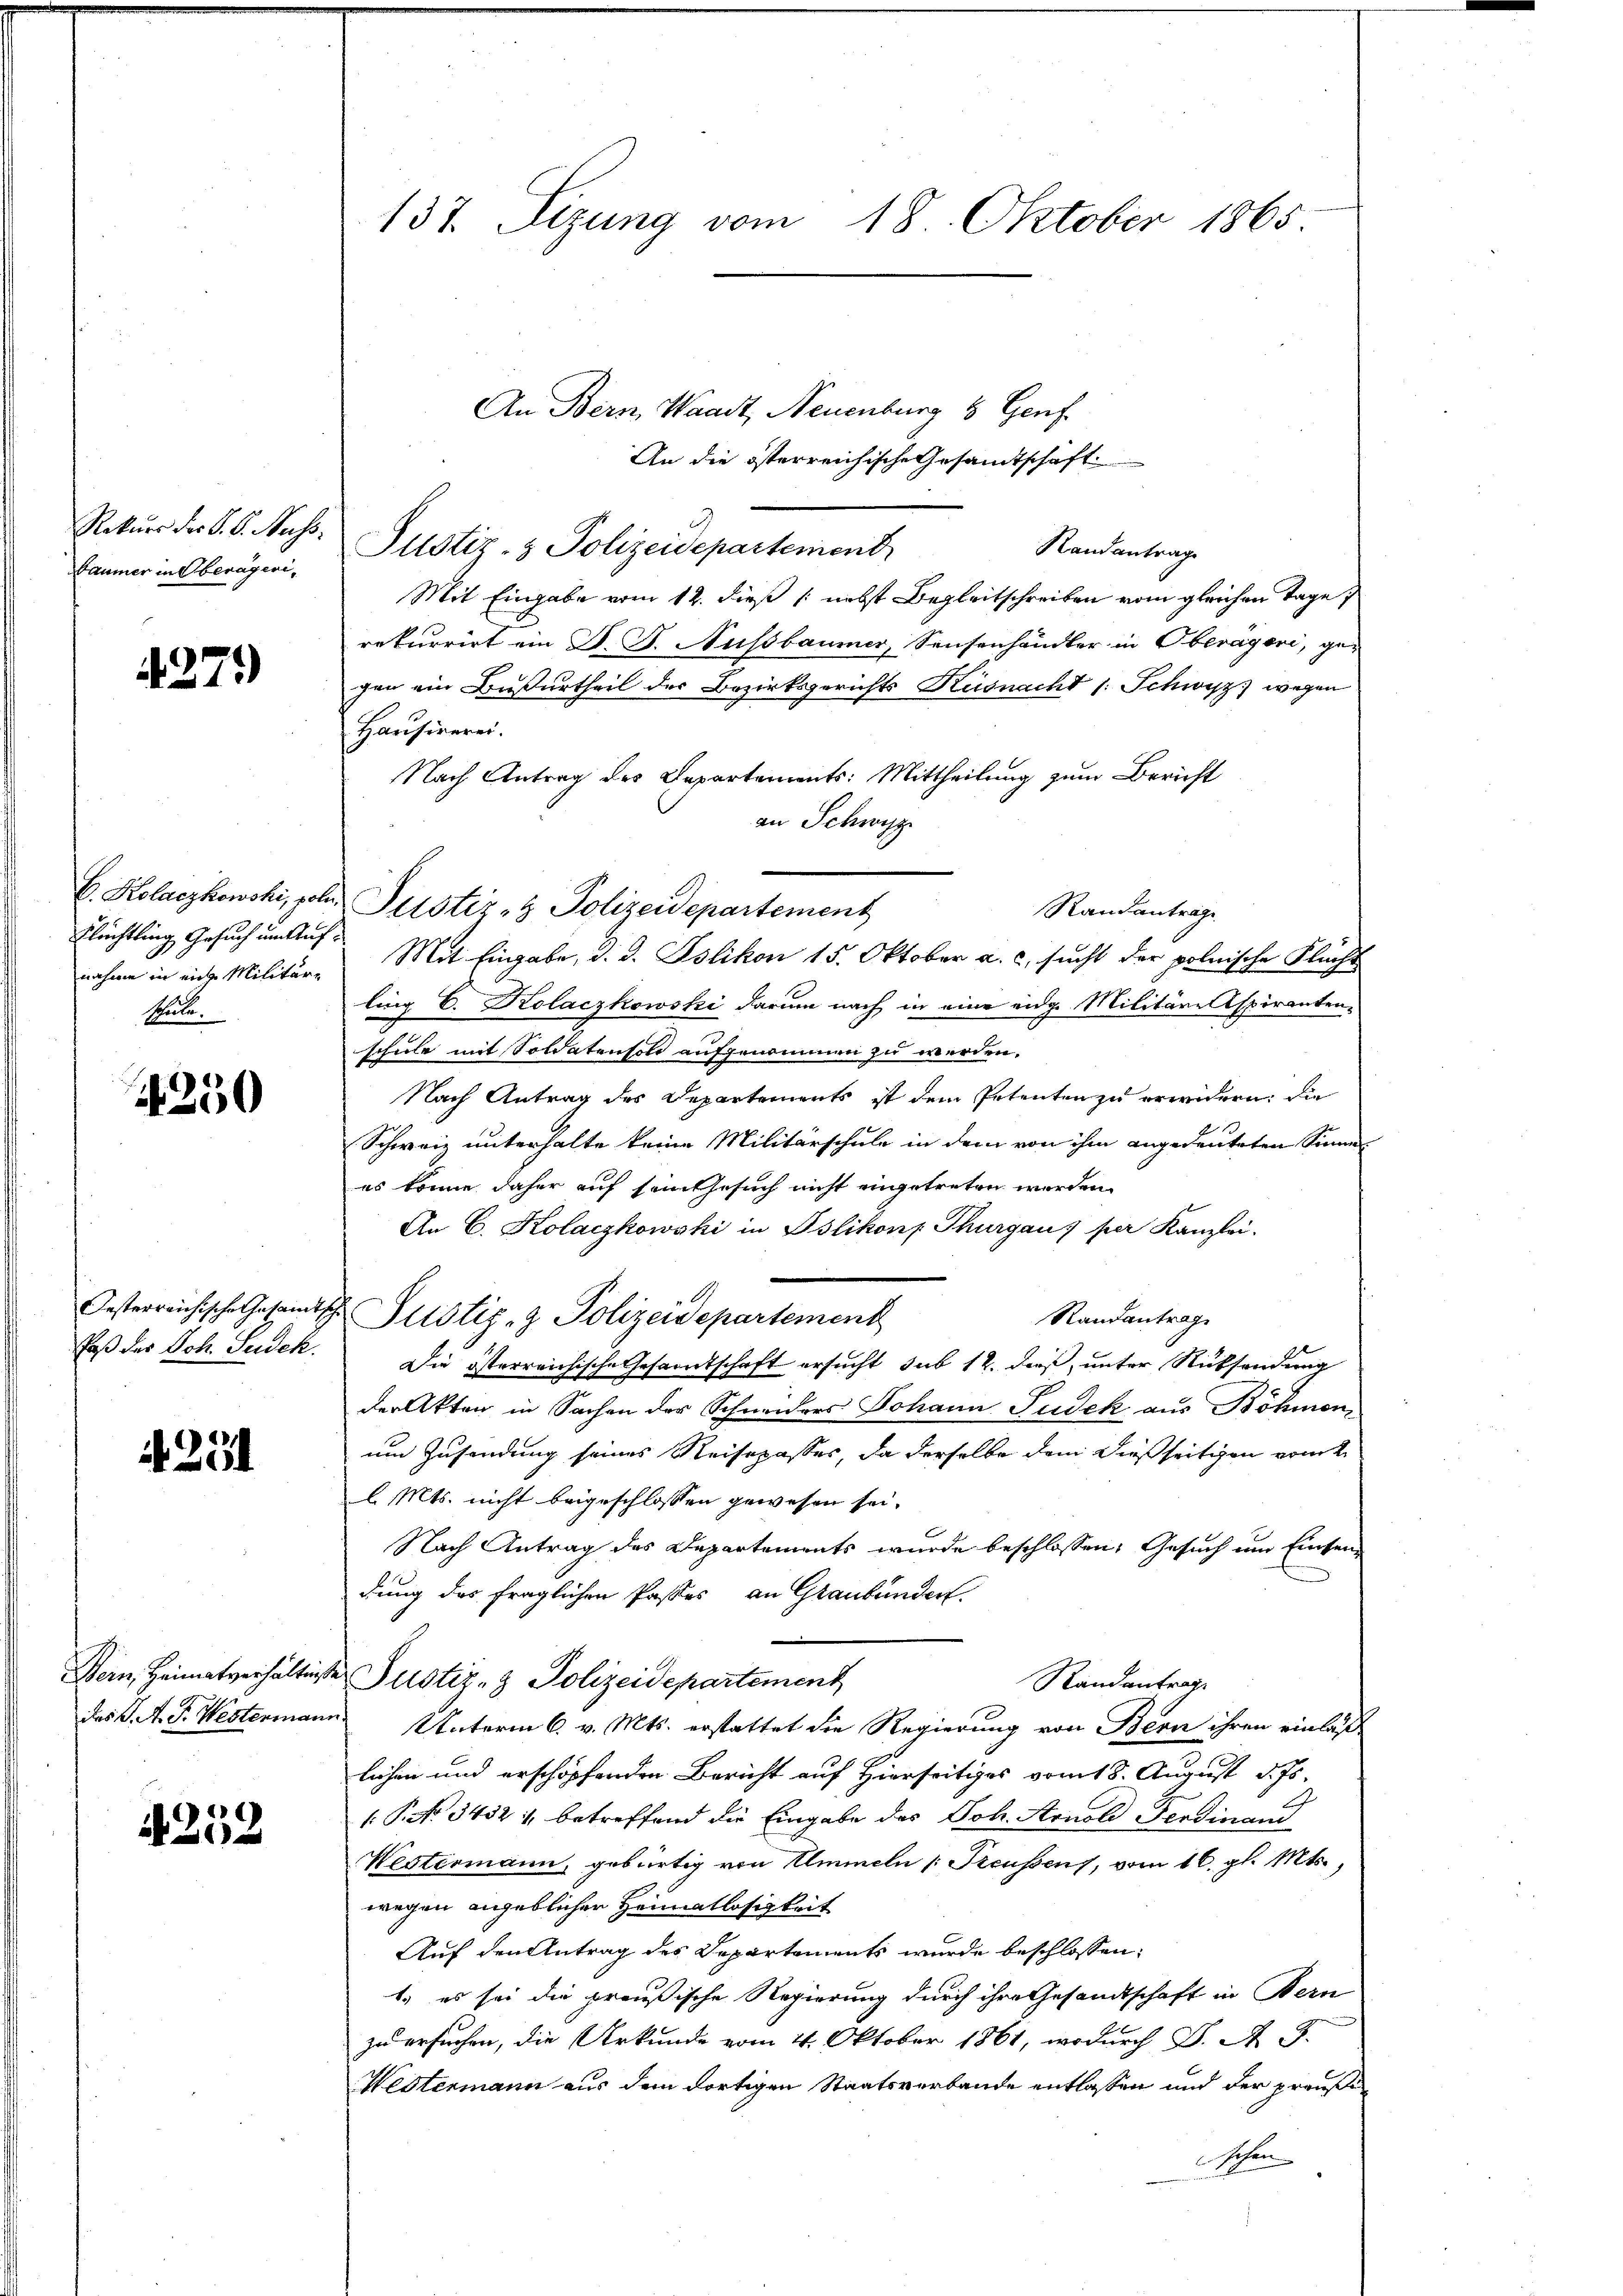
aumer in Oberägeri¬

279)

Flüchtling Gesuch um Auf¬
Seite.

4250

A 291

4252

Paß der Joh. Sudek.

An Bern, Waadt, Neuenburg 6 Genf
An die österreichische Gesamtschäft
Rekurs der S. 6. Auss. Justiz- & Polizeidepartement
Randantrage
Mit Eingabe vom 12. dieß (nebst Begleitschreiben vom gleichen Tage
rekurrirt ein P. F. Aussbaumer, Sensenhändler in Oberägeri, gegen ein Bußurtheil der Bezirksgerichts Küsnacht /: Schwyz) wegen
Hausirerei.
Nach Antrag des Departements: Mittheilung zum Bericht
an Schwyz
C. Kolaczkowski, Joh. Justiz- & Polizeidepartement
nahme in einge Militär- Mit Eingabe, d. d. Jslikon 15. Oktober a. c. sucht der polnische Flucht
ling C. Kolaczkowski darum nach in eine eidg. Militäre Aspiranten-
schule mit Soldatensold aufgenommen zu werden.
Nach Antrag des Departements ist dem Petenten zu erwidern: die
Schweiz unterhalte keine Militärschule in dem von ihm angedeuteten Sinnes
es könne daher auf sein Gesuch nicht eingetreten werden.
An C. Kolaczkowski in Oslikons Thurgau) per Kanzlei.
Oesterreichische Gesamtsche Justiz- & Polizeidepartement
Randantrag
Die österreichische Gesamtschaft ersucht sub 12. daß, unter Rücksendung
der Akten in Sachen der Schneiders Johann Pudek aus Böhmen
um Zusendung seines Reisepasses, da derselbe dem dießseitigen vom 2.
l. Mts. nicht beigeschlossen gewesen sei.
Nach Antrag des Departements wurde beschlossen, Gesuch um Einsendung des fraglichen Passes an Graubündert.
Bern, Heimatverhältnisse Justiz- & Polizeidepartement
Randentrage
Das K. A. G. Westermann Unterm 6. v. Mts. erstattet die Regierung von Bern ihren einlaß
lichen und erschöpfenden Bericht auf Hierseitiges vom 18. August d. Js.
(P.N. 3432 : betreffend die Eingabe des Joh. Arnold Ferdinand
Westermann, gebürtig von Ammeln (Preussens, vom 16. gl. Mts.,
wegen angeblicher Heimatlosigkeit
Auf den Antrag des Departements wurde beschlossen:
1.) es sei die preußische Regierung durch ihre Gesandtschaft in Bern
zu ersuchen, die Urkunde vom 24. Oktober 1861, wodurch S. A. G.
Westermann aus dem dortigen Staatsverbande entlassen und der preußi¬
Schen

137. Sizung vom 18. Oktober 1865

Randantrage